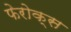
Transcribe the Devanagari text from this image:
फेरोक्स